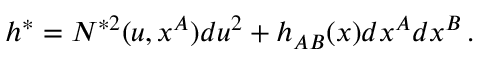
h ^ { \ast } = { N } ^ { \ast 2 } ( u , x ^ { A } ) d u ^ { 2 } + h _ { A B } ( x ) d x ^ { A } d x ^ { B } \, .